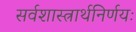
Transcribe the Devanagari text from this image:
सर्वशास्त्रार्थनिर्णयः